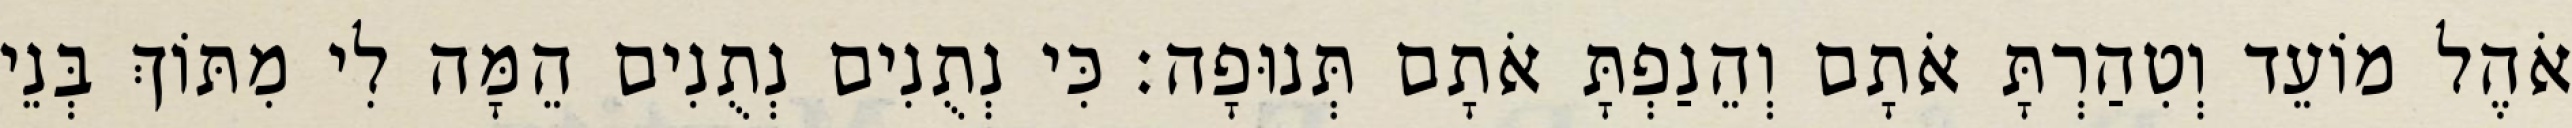
אֹהֶל מוֹעֵד וְטִהַרְתָּ אֹתָם וְהֵנַפְתָּ אֹתָם תְּנוּפָה׃ כִּי נְתֻנִים נְתֻנִים הֵמָּה לִי מִתּוֹךְ בְּנֵי